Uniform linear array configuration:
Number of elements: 8
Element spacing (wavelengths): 0.75
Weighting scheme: exponential
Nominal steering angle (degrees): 45
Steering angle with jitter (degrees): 43.972
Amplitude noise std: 0.05
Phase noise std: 0.05

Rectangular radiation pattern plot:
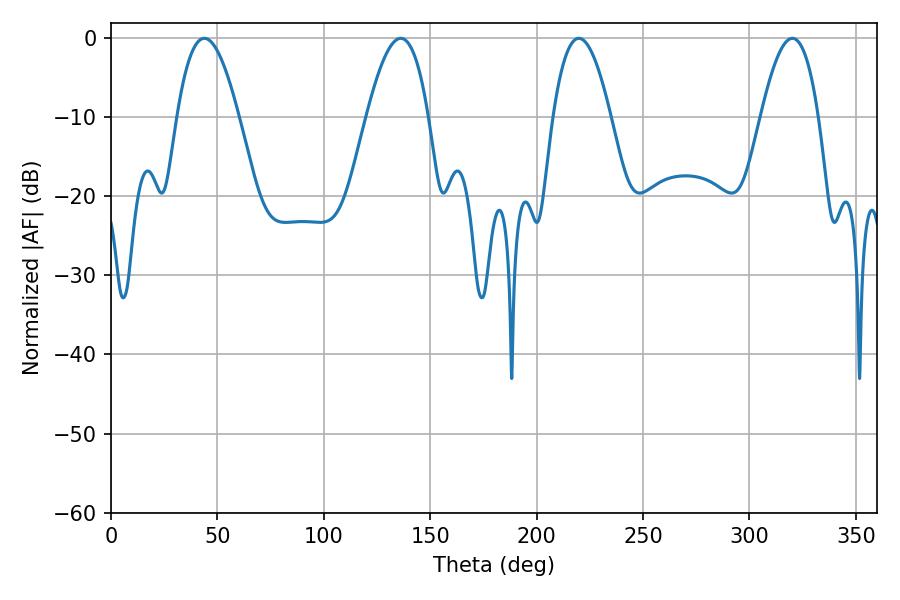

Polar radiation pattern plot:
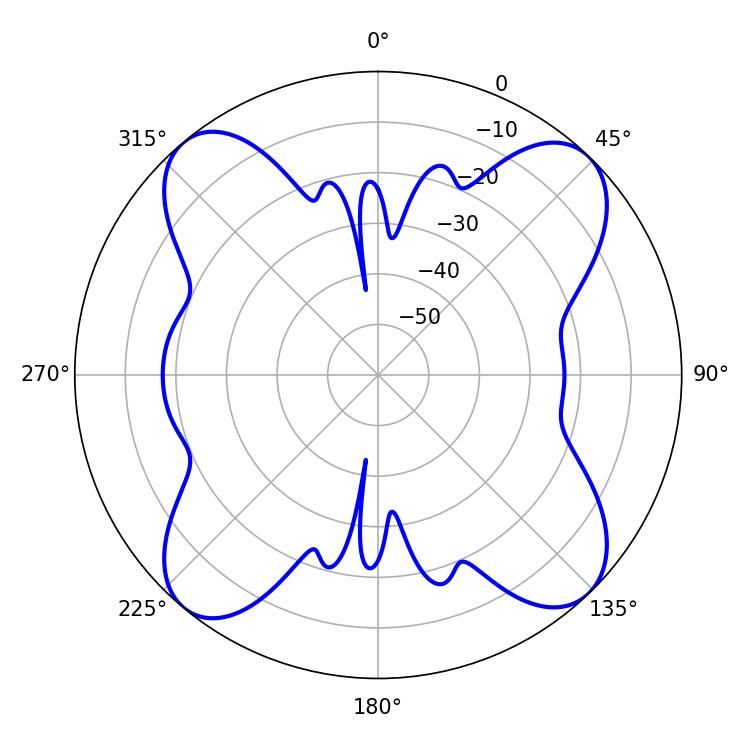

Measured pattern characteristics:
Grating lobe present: TRUE
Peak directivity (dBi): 16.094
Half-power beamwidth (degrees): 14.94
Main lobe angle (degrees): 219.78